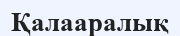
Қалааралық